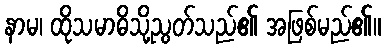
နာမ၊ ထိုသမာဓိသို့ညွတ်သည်၏ အဖြစ်မည်၏။